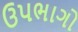
ઉપભાગો